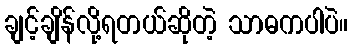
ချင့်ချိန်လို့ရတယ်ဆိုတဲ့ သာဓကပါပဲ။